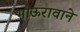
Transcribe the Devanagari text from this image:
भाऊरावाने